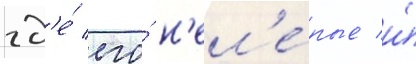
гд'е́ его́ н'ел'е́пые и́